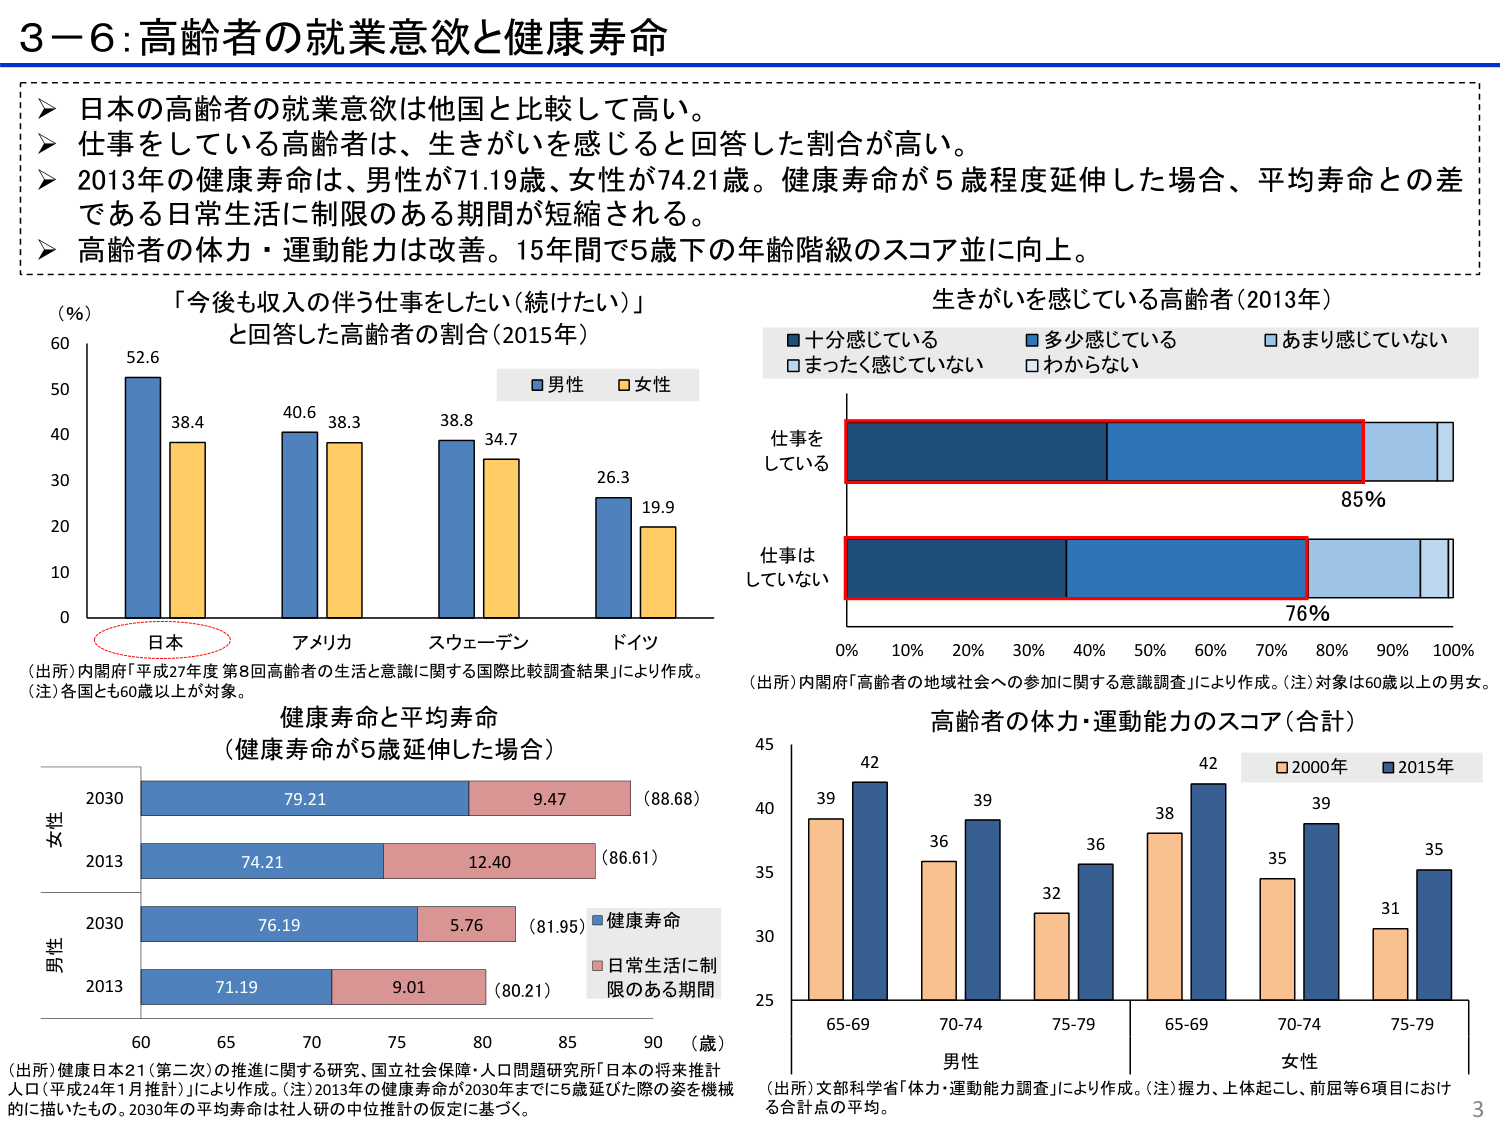
3－6：高齢者の就業意欲と健康寿命

➤ 日本の高齢者の就業意欲は他国と比較して高い。
➤ 仕事をしている高齢者は、生きがいを感じると回答した割合が高い。
➤ 2013年の健康寿命は、男性が71.19歳、女性が74.21歳。健康寿命が5歳程度延伸した場合、平均寿命との差である日常生活に制限のある期間が短縮される。
➤ 高齢者の体力・運動能力は改善。15年間で5歳下の年齢階級のスコア並に向上。

「今後も収入の伴う仕事をしたい（続けたい）」
と回答した高齢者の割合（2015年）
（％）
60
50
40
30
20
10
0
52.6
38.4
40.6
38.3
38.8
34.7
26.3
19.9
日本
アメリカ
スウェーデン
ドイツ
■男性 ■女性
（出所）内閣府「平成27年度 第8回高齢者の生活と意識に関する国際比較調査結果」により作成。
（注）各国とも60歳以上が対象。

生きがいを感じている高齢者（2013年）
■十分感じている ■多少感じている ■あまり感じていない
□まったく感じていない □わからない
仕事をしている
85％
仕事はしていない
76％
0％ 10％ 20％ 30％ 40％ 50％ 60％ 70％ 80％ 90％ 100％
（出所）内閣府「高齢者の地域社会への参加に関する意識調査」により作成。（注）対象は60歳以上の男女。

健康寿命と平均寿命
（健康寿命が5歳延伸した場合）
女性
2030
79.21
9.47
（88.68）
2013
74.21
12.40
（86.61）
男性
2030
76.19
5.76
（81.95）
2013
71.19
9.01
（80.21）
60 65 70 75 80 85 90 （歳）
■健康寿命
■日常生活に制限のある期間
（出所）健康日本21（第二次）の推進に関する研究、国立社会保障・人口問題研究所「日本の将来推計人口（平成24年1月推計）」により作成。（注）2013年の健康寿命が2030年までに5歳延びた際の姿を機械的に描いたもの。2030年の平均寿命は社人研の中位推計の仮定に基づく。

高齢者の体力・運動能力のスコア（合計）
45
42
39
39
42
39
35
35
31
36
36
38
32
36
39
35
25
30
35
40
45
65-69
70-74
75-79
65-69
70-74
75-79
男性
女性
■2000年 ■2015年
（出所）文部科学省「体力・運動能力調査」により作成。（注）握力、上体起こし、前屈等6項目における合計点の平均。

3